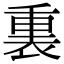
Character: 𫟚